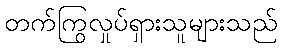
တက်ကြွလှုပ်ရှားသူများသည်